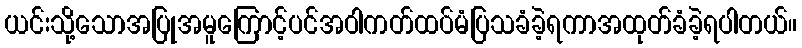
ယင်းသို့သောအပြုအမူကြောင့်ပင်အဝါကတ်ထပ်မံပြသခံခဲ့ရကာအထုတ်ခံခဲ့ရပါတယ်။